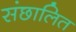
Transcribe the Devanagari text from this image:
संछालित